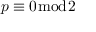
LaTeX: p \equiv 0 { \bmod { 2 } }